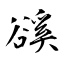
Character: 豀